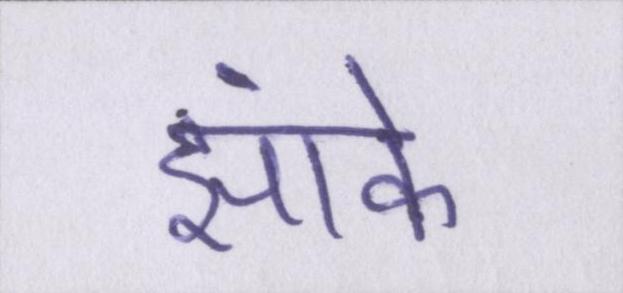
झांके